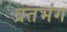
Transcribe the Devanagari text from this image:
व्रतभंग